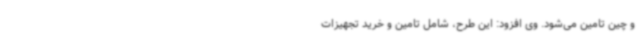
و چین تامین می‌شود. وی افزود: این طرح، شامل تامین و خرید تجهیزات